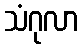
သံဂုလာ